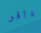
دافو